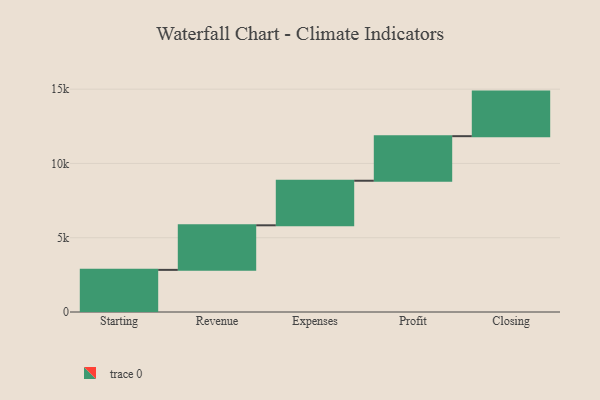
{"axis": {"x": "Step", "y": "Value"}, "legend": [""], "data": [{"x": "Starting", "y": 2836.0, "type": ""}, {"x": "Revenue", "y": 3000, "type": ""}, {"x": "Expenses", "y": 3000, "type": ""}, {"x": "Profit", "y": 3000, "type": ""}, {"x": "Closing", "y": 3000, "type": ""}]}